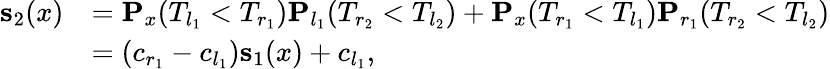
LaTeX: \begin{array}{rl}{\mathbf{s}_{2}(x)}&{=\mathbf{P}_{x}(T_{l_{1}}<T_{r_{1}})\mathbf{P}_{l_{1}}(T_{r_{2}}<T_{l_{2}})+\mathbf{P}_{x}(T_{r_{1}}<T_{l_{1}})\mathbf{P}_{r_{1}}(T_{r_{2}}<T_{l_{2}})}\\ &{=(c_{r_{1}}-c_{l_{1}})\mathbf{s}_{1}(x)+c_{l_{1}},}\end{array}